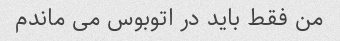
من فقط باید در اتوبوس می ماندم